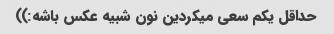
حداقل یکم سعی میکردین نون شبیه عکس باشه:))